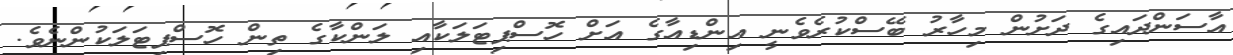
އާސަންދައިގެ ދަށުން މިހާރު ބޭސްކުރެވެނީ އިންޑިއާގެ އަށް ހޮސްޕިޓަލަކާއި ލަންކާގެ ތިން ހޮސްޕިޓަލަކުންނެވެ.